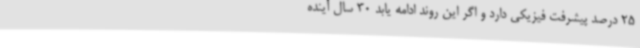
25 درصد پیشرفت فیزیکی دارد و اگر این روند ادامه یابد 30 سال آینده